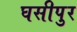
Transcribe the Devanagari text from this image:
घसीपुर